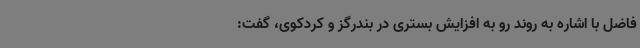
فاضل با اشاره به روند رو به افزایش بستری در بندرگز و کردکوی، گفت: